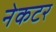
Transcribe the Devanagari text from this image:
नेकटर